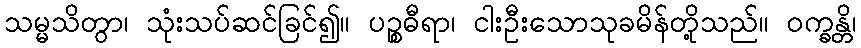
သမ္မသိတွာ၊ သုံးသပ်ဆင်ခြင်၍။ ပဉ္စဓီရာ၊ ငါးဦးသောသုခမိန်တို့သည်။ ဝက္ခန္တိ၊